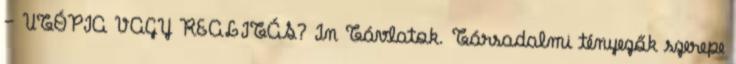
– UTÓPIA VAGY REALITÁS? In Távlatok. Társadalmi tényezők szerepe